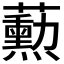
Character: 𬟓